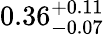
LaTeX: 0.36_{-0.07}^{+0.11}